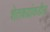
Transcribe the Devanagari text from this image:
शेतकय्रांकडील